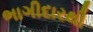
ભાગીદારથી